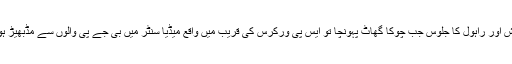
اکھلیش اور راہول کا جلوس جب چوکا گھاٹ پہونچا تو ایس پی ورکرس کی قریب میں واقع میڈیا سنٹر میں بی جے پی والوں سے مڈبھیڑ ہوگئی۔